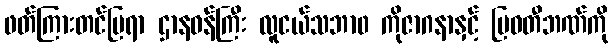
ဖတ်ကြားတင်ပြရာ ဌာနဝန်ကြီး လူငယ်သဘာ၀ ကိုဇာဂနာနှင့် မြဝတီဘဏ်ကို